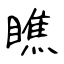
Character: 瞧